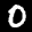
Label: 0